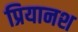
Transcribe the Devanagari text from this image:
प्रियानश